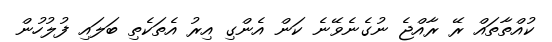
ކުއްތާތައް ރޭ ރާއްޖެ ނުގެނެވޭނެ ކަން އެންގި އިރު އެތަކެތި ބަލައި ފުލުހުން